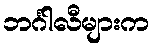
ဘင်္ဂါလီများက